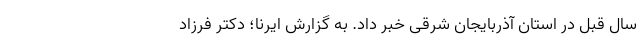
سال قبل در استان آذربایجان شرقی خبر داد. به گزارش ایرنا؛ دکتر فرزاد